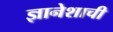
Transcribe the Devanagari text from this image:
ज्ञानेशाची